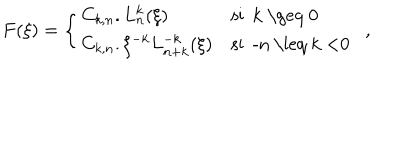
LaTeX: F ( \xi ) = \left\{ \begin{array} { l l } { { C _ { k , n } . L _ { n } ^ { k } ( \xi ) } } & { { \textrm { s i k \geq 0 } } } \\ { { C _ { k , n } . \xi ^ { - k } L _ { n + k } ^ { - k } ( \xi ) } } & { { \textrm { s i - n \leq k < 0 } \ } } \\ \end{array} \right. ,